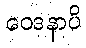
ဝေဒနာပိ